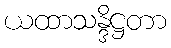
ယထာသန္ဒိဋ္ဌတာ